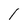
Character: 1